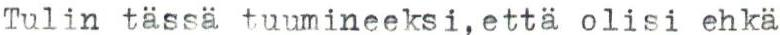
Tulin tässä tuumineeksi, että olisi ehkä